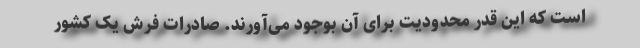
است که این قدر محدودیت برای آن بوجود می‌آورند. صادرات فرش یک کشور